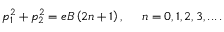
p _ { 1 } ^ { 2 } + p _ { 2 } ^ { 2 } = e B \left( 2 n + 1 \right) , \, \, \, \, \, \, \, \, n = 0 , 1 , 2 , 3 , . . . \, .